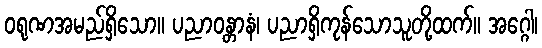
ဝရုဏအမည်ရှိသော။ ပညာဝန္တာနံ၊ ပညာရှိကုန်သောသူတို့ထက်။ အဂ္ဂေါ၊